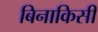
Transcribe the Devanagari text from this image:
बिनाकिसी